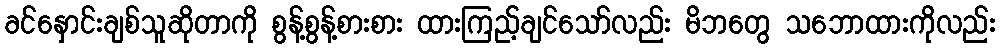
ခင်နှောင်းချစ်သူဆိုတာကို စွန့်စွန့်စားစား ထားကြည့်ချင်သော်လည်း မိဘတွေ သဘောထားကိုလည်း